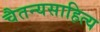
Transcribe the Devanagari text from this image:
चैतन्यसाहित्य